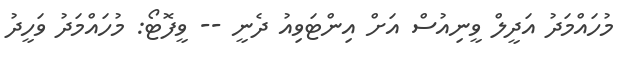
މުހައްމަދު އަދީލް ވީނިއުސް އަށް އިންޓަވިއު ދެނީ -- ވީފޮޓޯ: މުހައްމަދު ވަހީދު